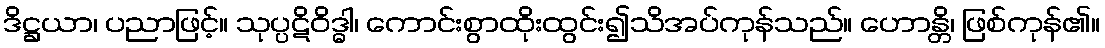
ဒိဋ္ဌယာ၊ ပညာဖြင့်။ သုပ္ပဋိဝိဒ္ဓါ၊ ကောင်းစွာထိုးထွင်း၍သိအပ်ကုန်သည်။ ဟောန္တိ၊ ဖြစ်ကုန်၏။